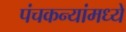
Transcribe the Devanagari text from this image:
पंचकन्यांमध्ये